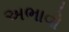
અભાવો